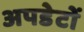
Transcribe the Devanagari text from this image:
अपडेटों